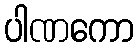
ပါဏကော